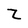
Character: Z